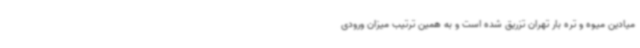
میادین میوه و تره بار تهران تزریق شده است و به همین ترتیب میزان ورودی